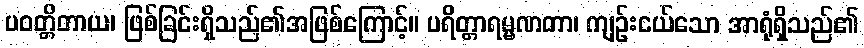
ပဝတ္တိတာယ၊ ဖြစ်ခြင်းရှိသည်၏အဖြစ်ကြောင့်။ ပရိတ္တာရမ္မဏတာ၊ ကျဉ်းငယ်သော အာရုံရှိသည်၏